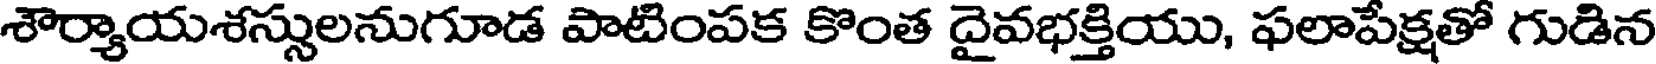
శౌర్యాయశస్సులనుగూడ పాటింపక కొంత దైవభక్తియు, ఫలాపేక్షతో గుడిన